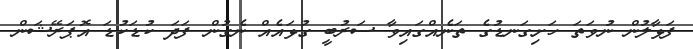
ފަޅާލުން ނުވަތަ ހަށިގަނޑުގެ ތަނެއްގައިވާ ސަރުބީ ގުޅައެއް ނެގުން ފަދަ ކުޑަކުޑަ އޮޕަރޭޝަން